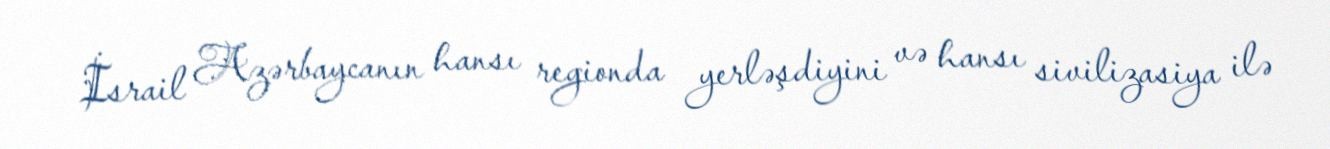
İsrail Azərbaycanın hansı regionda yerləşdiyini və hansı sivilizasiya ilə